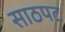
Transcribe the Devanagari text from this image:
साठपट